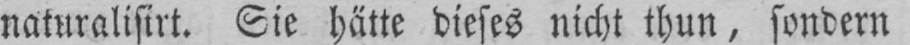
naturalisirt. Sie hätte dieses nicht thun, sondern